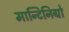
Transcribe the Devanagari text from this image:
मान्टिनिग्रो